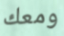
ومعك